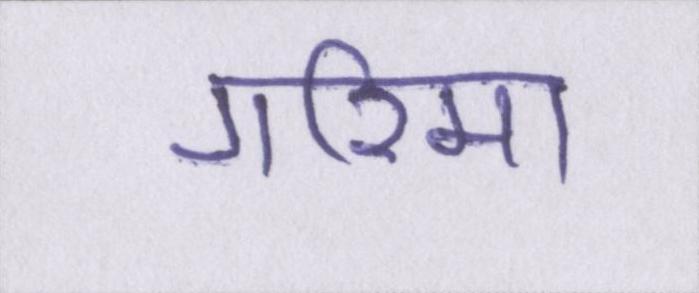
गरिमा